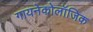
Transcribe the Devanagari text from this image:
गायनेकोलॉजिक